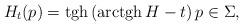
LaTeX: \begin{align*}H_t (p) = {\rm tgh}\left( {\rm arctgh} \, H - t \right) p \in \Sigma ,\end{align*}